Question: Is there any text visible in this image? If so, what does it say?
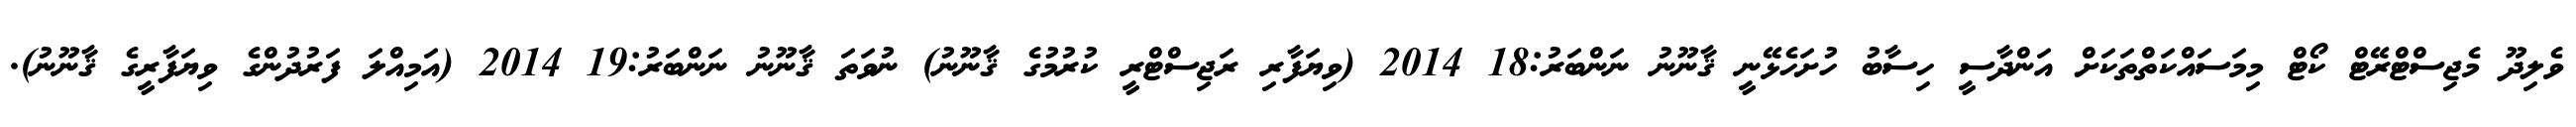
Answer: ވެލިދޫ މެޖިސްޓްރޭޓް ކޯޓް މިމަސައްކަތްތަކަށް އަންދާސީ ހިސާބު ހުށަހެޅޭނީ ޤާނޫނު ނަންބަރު:18 2014 (ވިޔަފާރި ރަޖިސްޓްރީ ކުރުމުގެ ޤާނޫނު) ނުވަތަ ޤާނޫނު ނަންބަރު:19 2014 (އަމިއްލަ ފަރުދުންގެ ވިޔަފާރީގެ ޤާނޫނު).